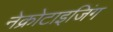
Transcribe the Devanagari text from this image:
नेक्रोटाइजिंग